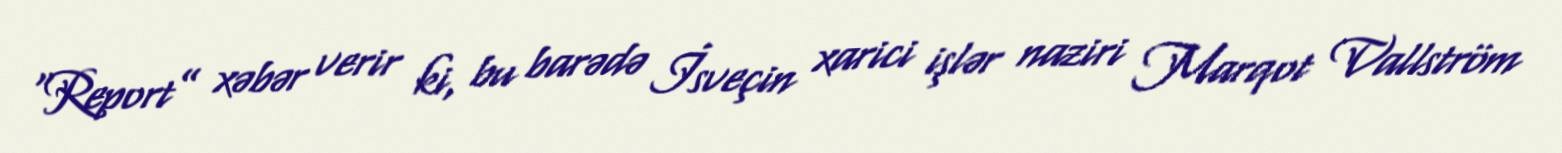
“Report” xəbər verir ki, bu barədə İsveçin xarici işlər naziri Marqot Vallström